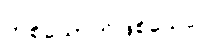
တစ်ယောက်ဖြစ်သော